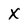
Character: X